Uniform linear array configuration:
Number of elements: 32
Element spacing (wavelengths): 1
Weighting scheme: kaiser
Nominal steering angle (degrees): -45
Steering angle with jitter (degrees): -46.518
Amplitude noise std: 0.05
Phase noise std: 0.05

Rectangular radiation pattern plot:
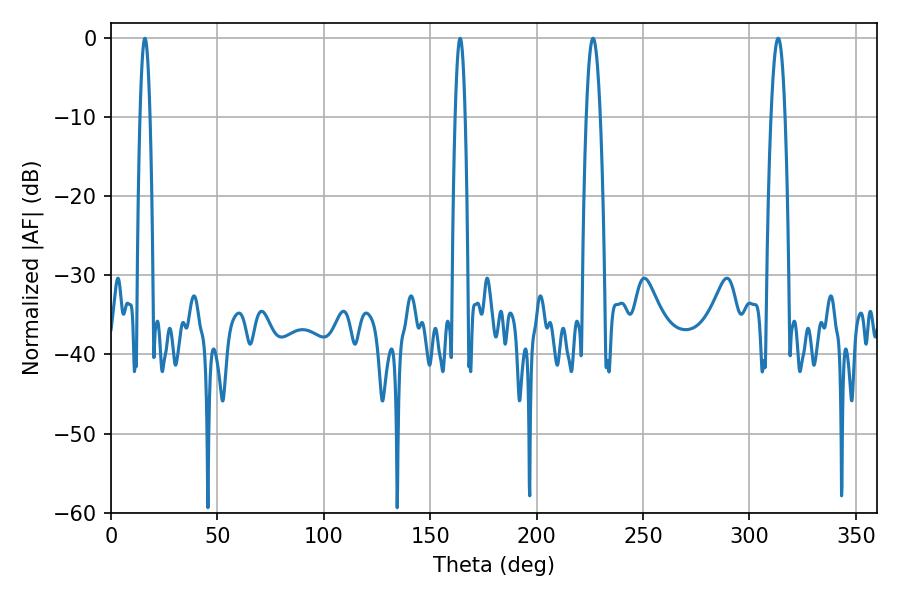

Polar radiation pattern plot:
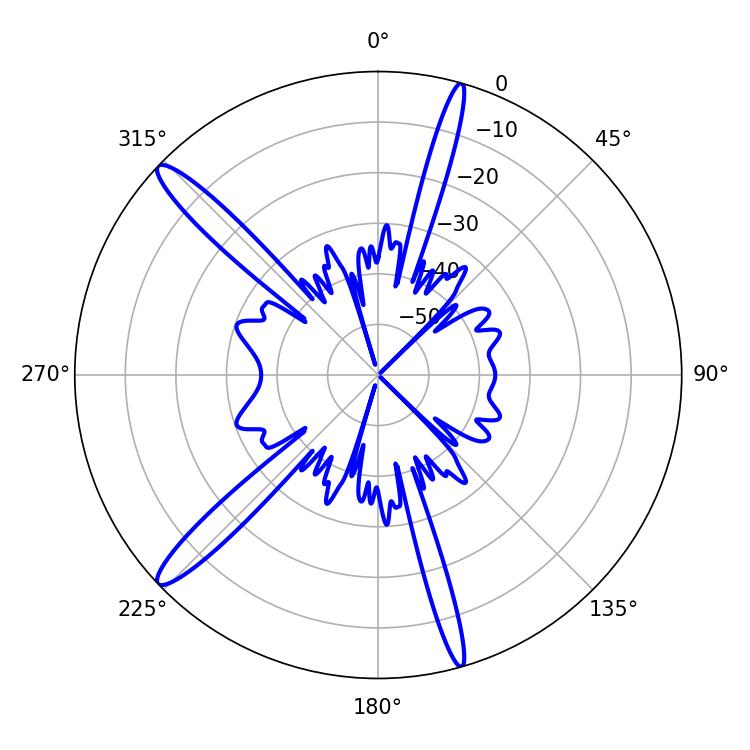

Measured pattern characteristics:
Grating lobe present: TRUE
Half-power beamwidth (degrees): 3.42
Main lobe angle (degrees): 226.44